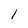
Character: 1